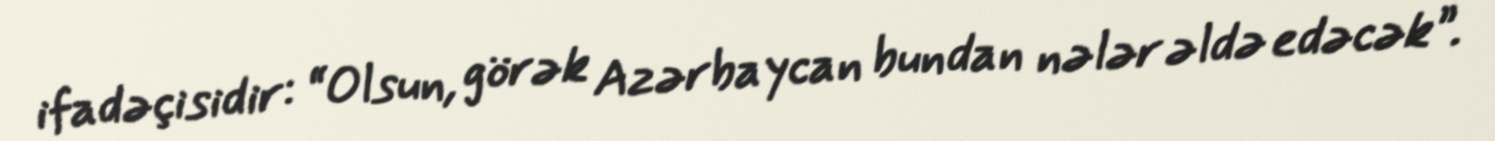
ifadəçisidir: “Olsun, görək Azərbaycan bundan nələr əldə edəcək”.